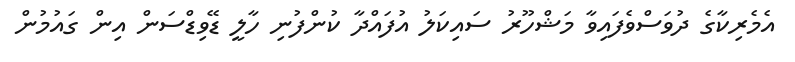
އެމެރިކާގެ ދުވަސްވެފައިވާ މަޝްހޫރު ސައިކަލު އުފައްދާ ކުންފުނި ހާލީ ޑޭވިޑްސަން އިން ގައުމުން